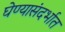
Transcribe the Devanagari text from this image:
घेण्यासंदर्भात